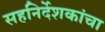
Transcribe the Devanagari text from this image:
सहनिर्देशकांचा